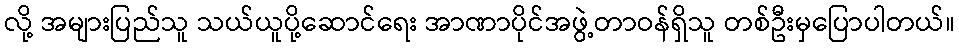
လို့ အများပြည်သူ သယ်ယူပို့ဆောင်ရေး အာဏာပိုင်အဖွဲ့တာဝန်ရှိသူ တစ်ဦးမှပြောပါတယ်။